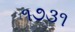
૧૭૩૧